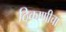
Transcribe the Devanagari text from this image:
ठिकाणीचा